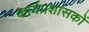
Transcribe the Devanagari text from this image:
कार्यप्रशासकों